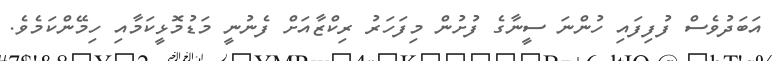
އަބަދުވެސް ފުފިފައި ހުންނަ ސީނާގެ ފުށުން މިފަހަރު ރިކްޒާއަށް ފެނުނީ މަޑުމޮޅީކަމާއި ހިމޭންކަމެވެ.